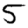
Digit: 5